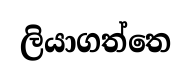
ලියාගත්තෙ